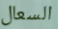
السعال